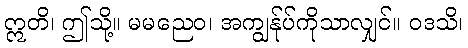
ဣတိ၊ ဤသို့။ မမညေဝ၊ အကျွန်ုပ်ကိုသာလျှင်။ ဝဒသိ၊